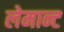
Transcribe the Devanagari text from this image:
लेमान्ट